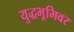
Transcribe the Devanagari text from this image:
युद्धभूमिवर